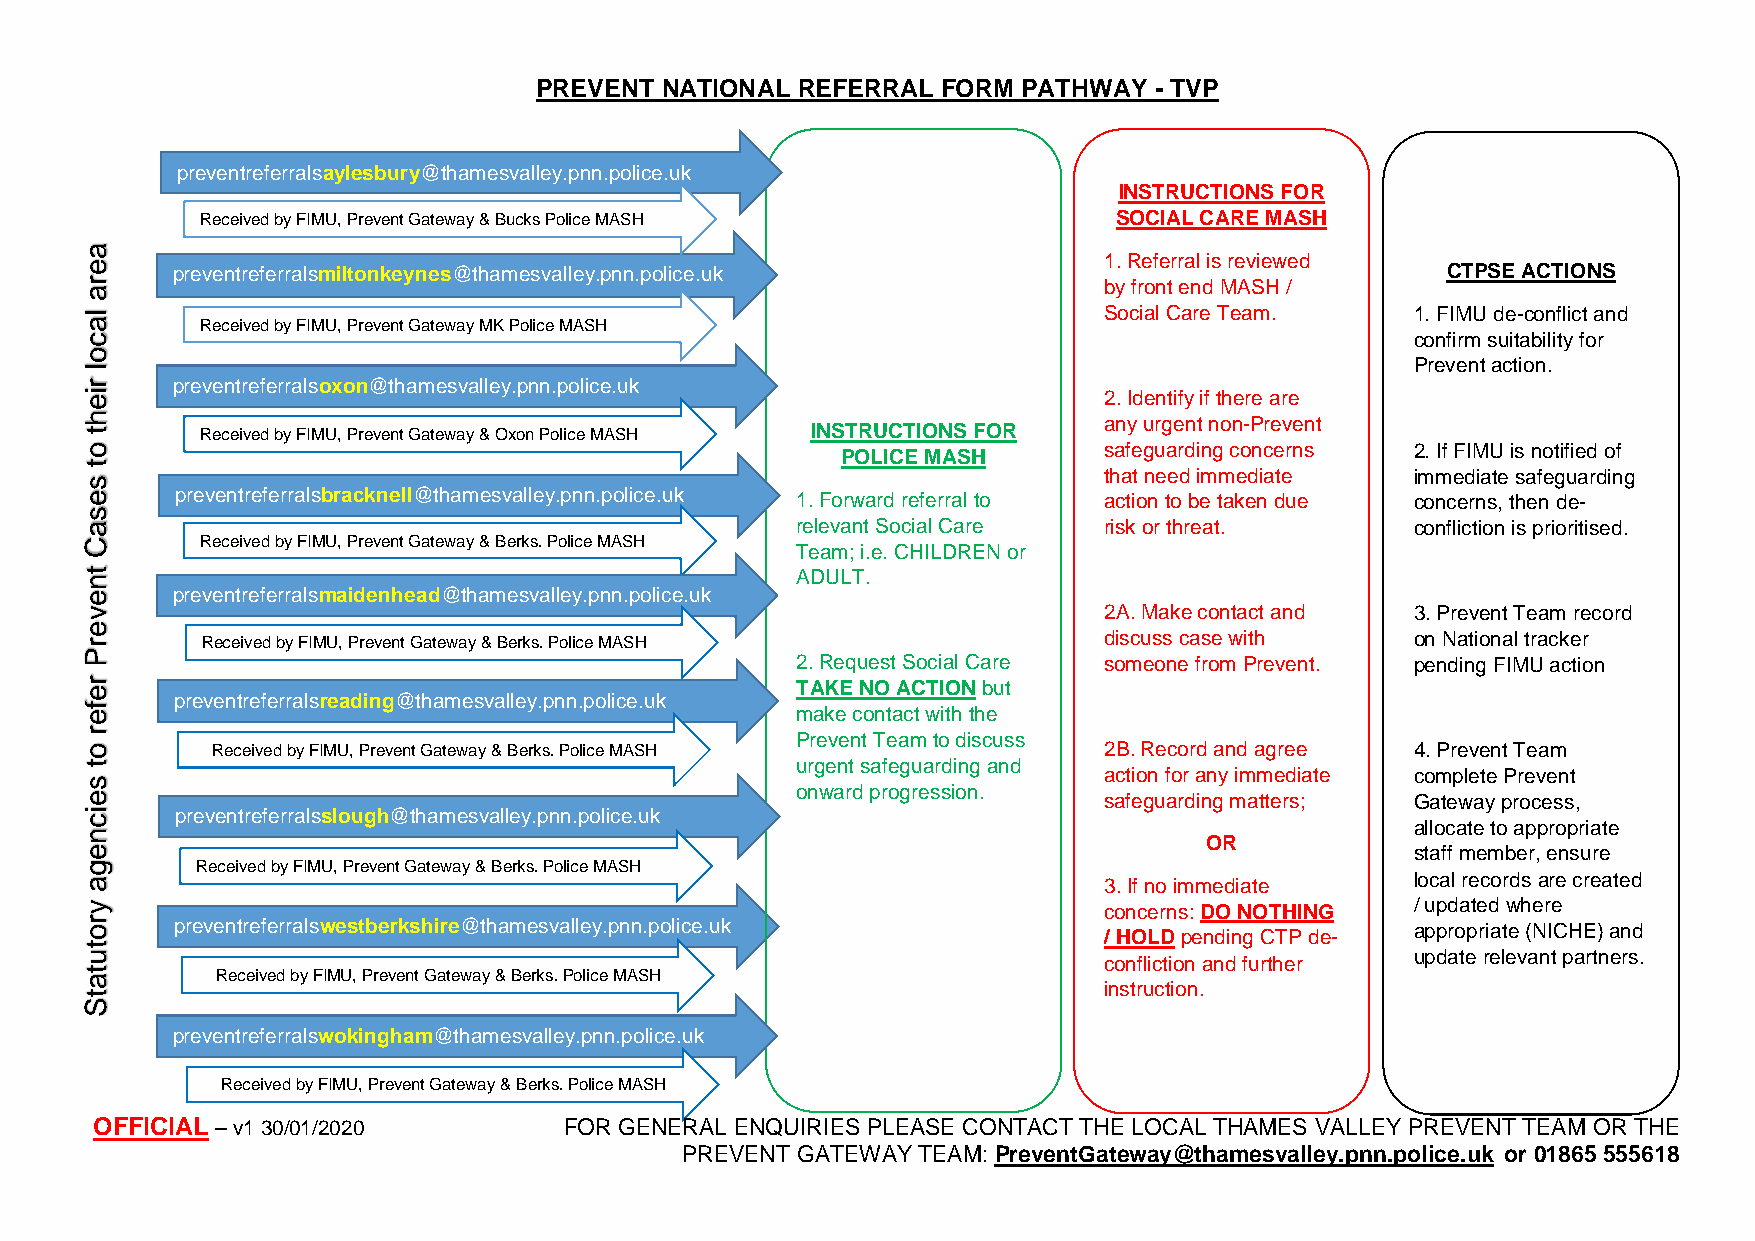
PREVENT  NATIONAL REFERRAL FORM  PATHWAY - TVP
 preventreferralsaylesbury@thamesvalley.pnn.police.uk
 INSTRUCTIONS FOR
 Received by FIMU, Prevent Gateway & Bucks Police MASH        SOCIAL CARE MASH
 1. Referral is reviewed
 preventreferralsmiltonkeynes@thamesvalley.pnn.police.uk                              CTPSE ACTIONS
 by front end MASH /
 Social Care Team.    1. FIMU de-conflict and
 Received by FIMU, Prevent Gateway MK Police MASH
 confirm suitability for
 Prevent action.
 preventreferralsoxon@thamesvalley.pnn.police.uk
 2. Identify if there are
 any urgent non-Prevent
 Received by FIMU, Prevent Gateway & Oxon Police MASH INSTRUCTIONS FOR
 safeguarding concerns 2. If FIMU is notified of
 POLICE MASH
 that need immediate  immediate safeguarding
 pr eventreferralsbracknell@thamesvalley.pnn.police.uk 1. Forward referral to action to be taken due concerns, then de-
 relevant Social Care risk or threat.     confliction is prioritised.
 Received by FIMU, Prevent Gateway & Berks. Police MASH
 Team; i.e. CHILDREN or
 ADULT.
 pr eventreferralsmaidenhead@thamesvalley.pnn.police.uk
 2A. Make contact and 3. Prevent Team record
 Received by FIMU, Prevent Gateway & Berks. Police M ASH     discuss case with    on National tracker
 2. Request Social Care someone from Prevent. pending FIMU action
 TAKE NO ACTION but
 preventreferralsreading@thamesvalley.pnn.police.uk
 make contact with the
 Prevent Team to discuss
 Received by FIMU, Prevent Gateway & Berks. Police MASH     2B. Record and agree 4. Prevent Team
 urgent safeguarding and
 action for any immediate complete Prevent
 onward progression.
 safeguarding matters; Gateway process,
 preventreferralsslough@thamesvalley.pnn.police.uk
 allocate to appropriate
 OR
 staff member, ensure
 Received by FIMU, Prevent Gateway & Berks. Police MASH
 local records are created
 3. If no immediate
 / updated where concerns: DO NOTHING
 pr eventreferralswestberkshire@thamesvalley.pnn.police.uk    / HOLD pending CTP de- appropriate (NICHE) and
 update relevant partners.
 confliction and further
 Received by FIMU, Prevent Gateway & Berks. Police MASH
 instruction.
 preventreferralswokingham@thamesvalley.pnn.police.uk
 Received by FIMU, Prevent Gateway & Berks. Police MASH
 OFFICIAL – v1 30/01/2020       FOR GENERAL ENQUIRIES PLEASE CONTACT THE LOCAL THAMES VALLEY PREVENT TEAM OR THE
 PREVENT GATEWAY TEAM: PreventGateway@thamesvalley.pnn.police.uk or 01865 555618
 aera
 lacol
 rieht
 ot
 sesaC
 tneverP
 refer
 ot
 seicnega
 yrotutatS